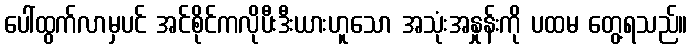
ပေါ်ထွက်လာမှပင် အင်စိုင်ကလိုပီးဒီးယားဟူသော အသုံးအနှုန်းကို ပထမ တွေ့ရသည်။